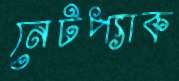
নেটপ্যাক